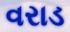
વરાડ